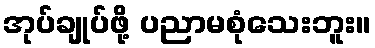
အုပ်ချုပ်ဖို့ ပညာမစုံသေးဘူး။